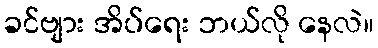
ခင်ဗျား အိပ်ရေး ဘယ်လို နေလဲ။